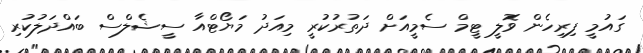
ގައުމީ ފިރިހެން ވޮލީ ޓީމް ސެމީއަށް ދަތުރުކުރީ މިއަދު މަޔޯޓްއާ ސީޝެލްސް ބައްދަލުކުރި